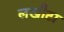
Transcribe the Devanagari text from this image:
लखौटा